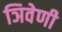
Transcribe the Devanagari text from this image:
ञिवेणी